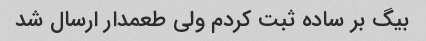
بیگ بر ساده ثبت کردم ولی طعمدار ارسال شد